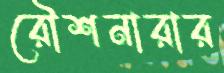
রৌশনারার